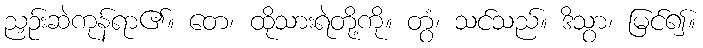
ညှဉ်းဆဲကုန်ရာ၏။ တေ၊ ထိုသားရဲတို့ကို။ တွံ၊ သင်သည်။ ဒိသွာ၊ မြင်၍။